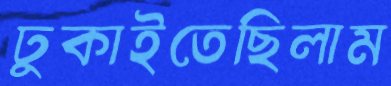
ঢুকাইতেছিলাম